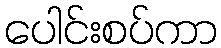
ပေါင်းစပ်ကာ